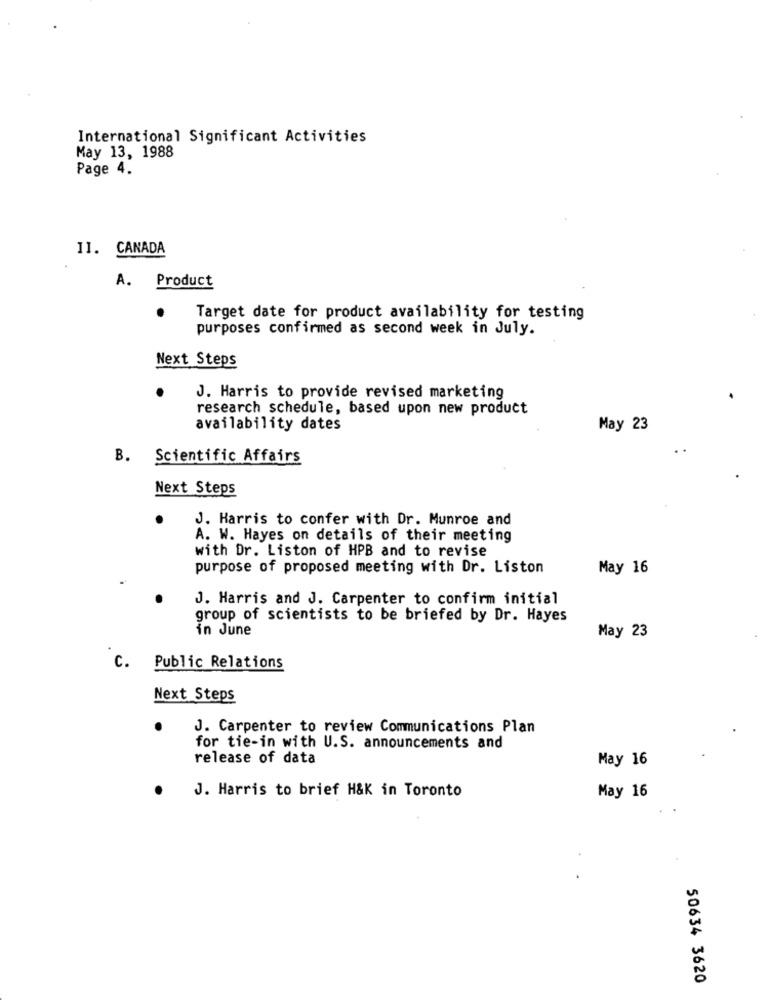
International Significant Activities
May 13, 1988
Page 4.
11. CANADA
A. Product
Target date for product availability for testing
purposes confirmed as second week in July.
Next Steps
J. Harris to provide revised marketing
research schedule, based upon new product
availability dates
May 23
B. Scientific Affairs
Next Steps
J. Harris to confer with Dr. Munroe and
A. W. Hayes on details of their meeting
with Dr. Liston of HPB and to revise
purpose of proposed meeting with Dr. Liston
May 16
J. Harris and J. Carpenter to confirm initial
group of scientists to be briefed by Dr. Hayes
in June
May 23
C. Public Relations
Next Steps
J. Carpenter to review Communications Plan
for tie-in with U.S. announcements and
release of data
May 16
J. Harris to brief H&K in Toronto
May 16
50634 3620